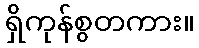
ရှိကုန်စွတကား။